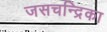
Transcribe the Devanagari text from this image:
जसचन्द्रिका